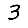
Digit: 3